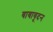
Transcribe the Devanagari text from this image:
बाबाबूदन